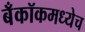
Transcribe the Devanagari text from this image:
बँकॉकमध्येच